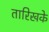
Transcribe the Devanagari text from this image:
तारिखके